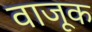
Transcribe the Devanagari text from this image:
वाजूक